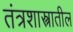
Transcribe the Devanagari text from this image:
तंत्रशास्त्रातील